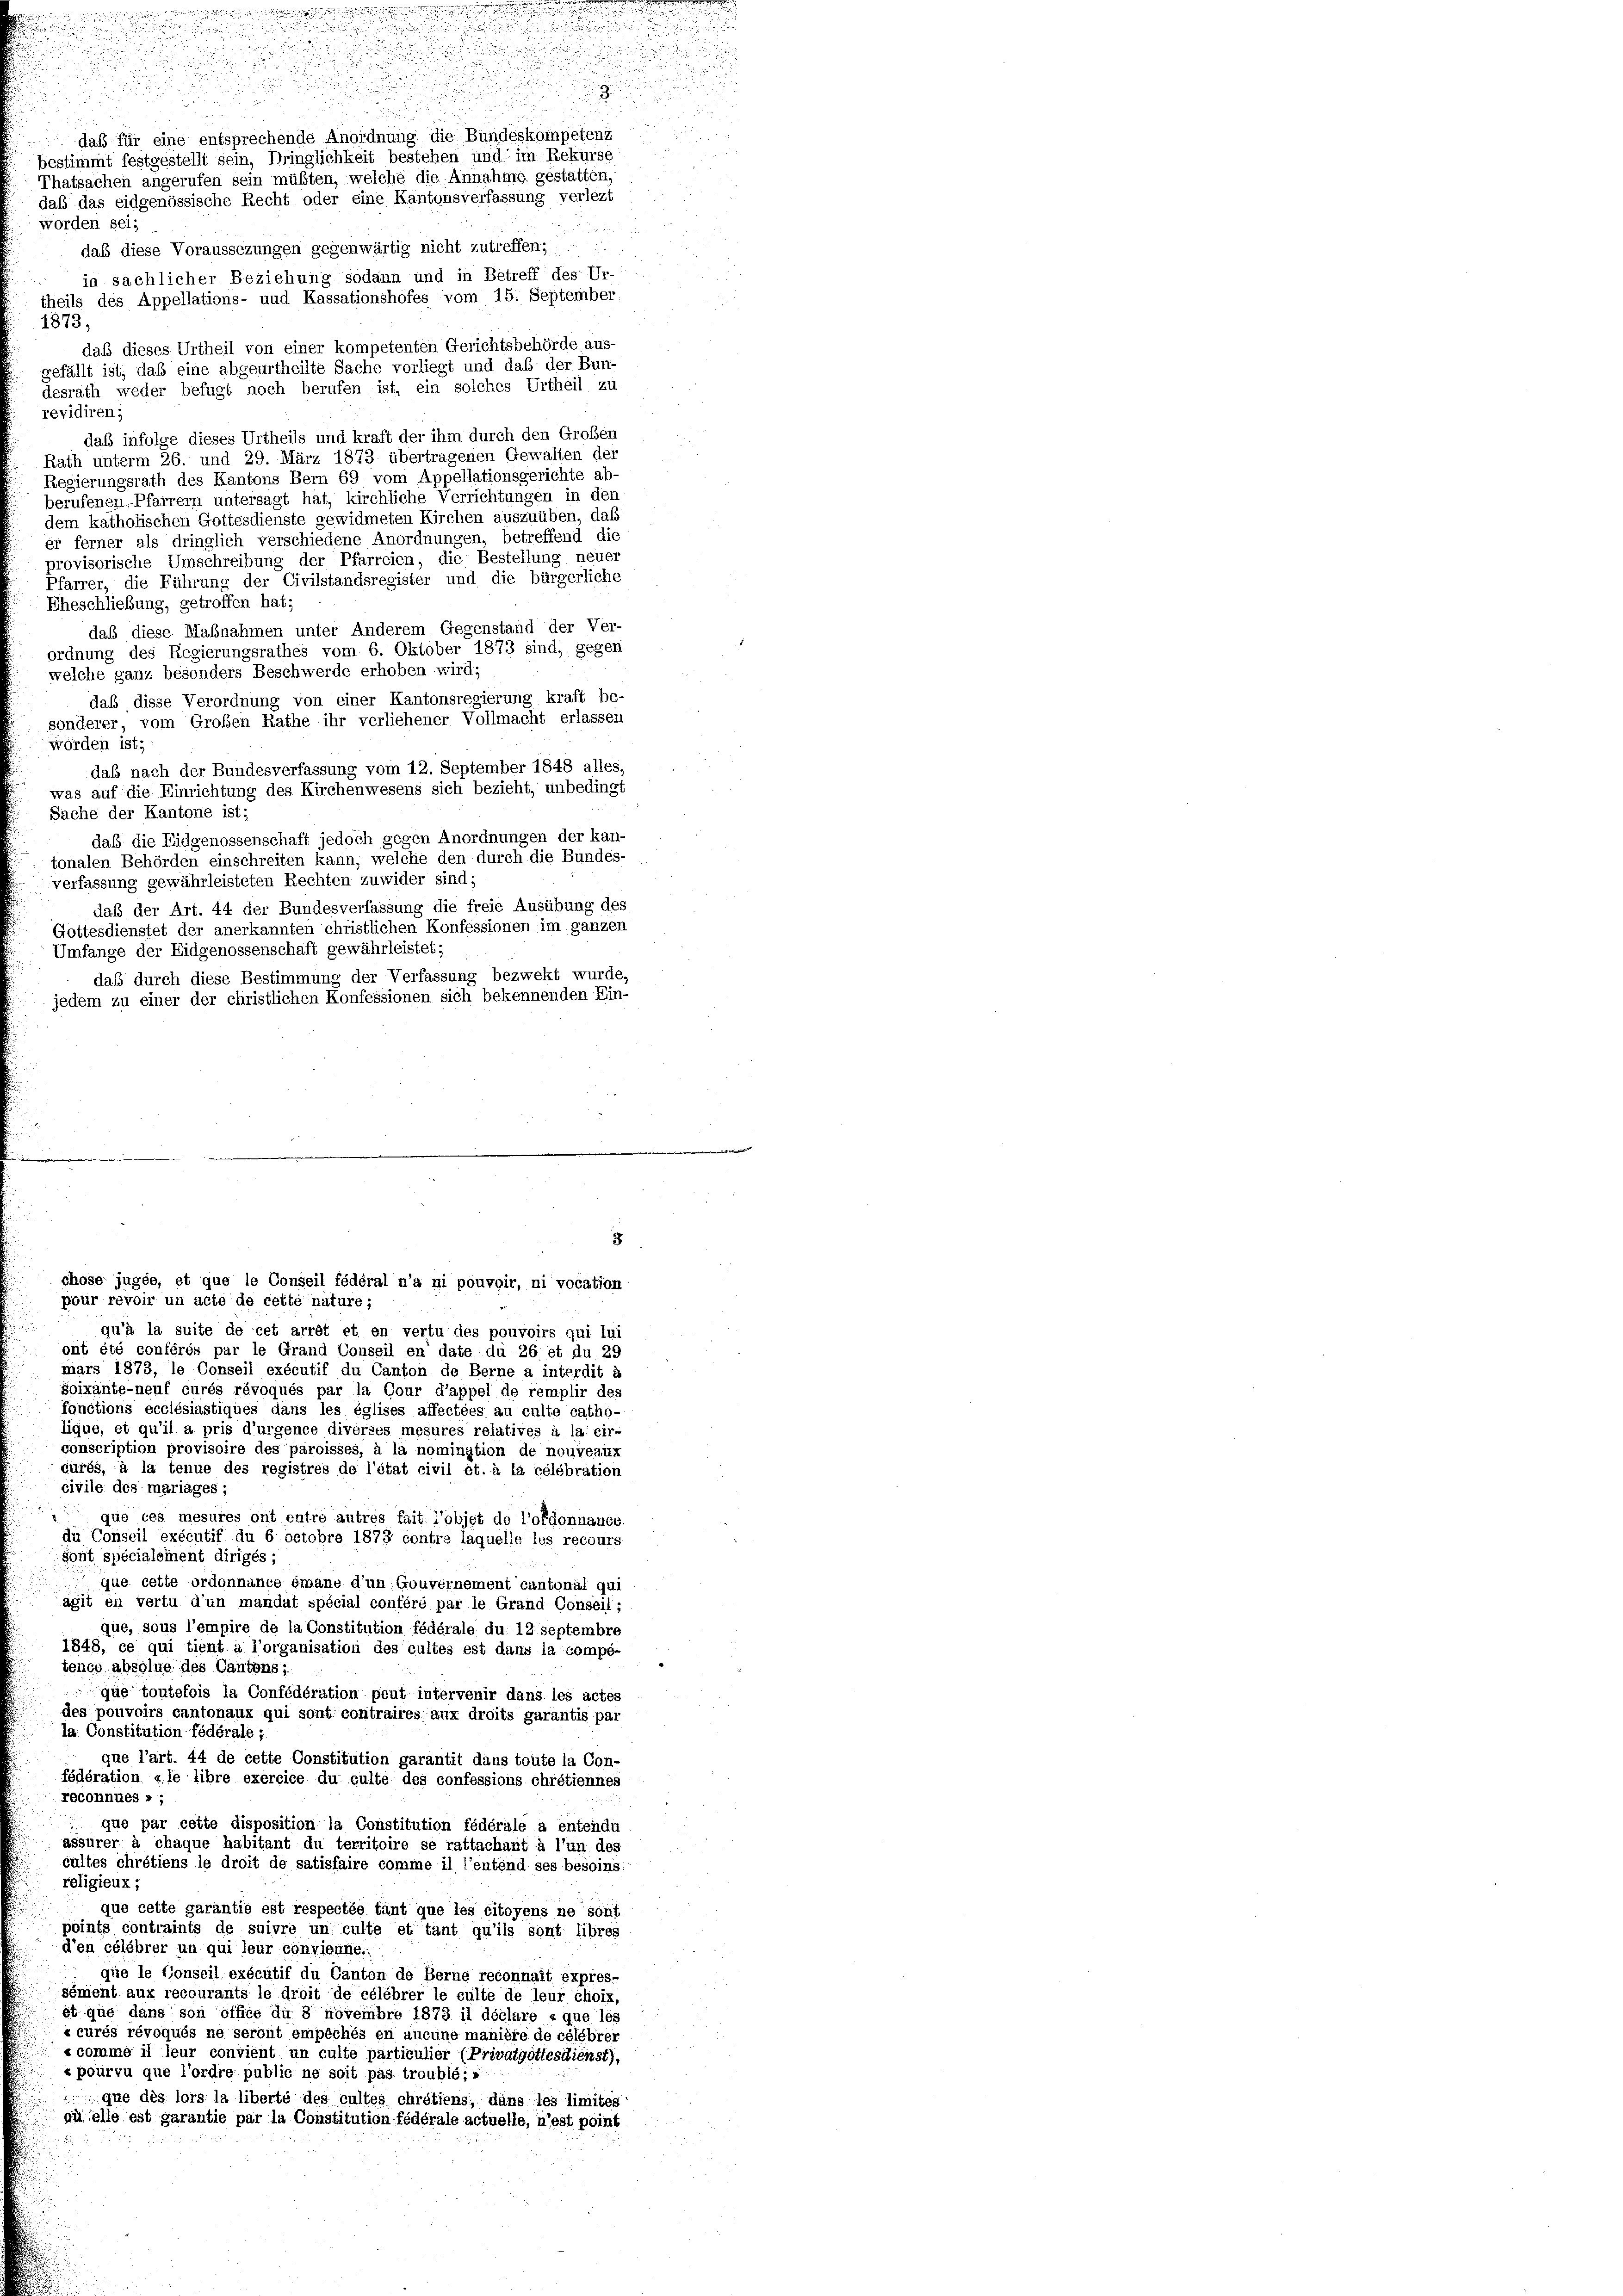
Thatsachen angerufen sein müßten, welche die Annahme gestatten,
daß das eidgenössische Recht oder eine Kantonsverfassung verlezt
worden sei;
daß diese Voraussezungen gegenwärtig nicht zutreffen; : ...
in sachlicher Beziehung sodann und in Betreff des Ur-
theils des Appellations- und Kassationshofes vom 15. September
1873,
daß dieses Urtheil von einer kompetenten Gerichtsbehörde aus-
gefällt ist, daß eine abgeurtheilte Sache vorliegt und daß der Bun-
desrath weder befugt noch berufen ist, ein solches Urtheil zu
revidiren;
daß infolge dieses Urtheils und kraft der ihm durch den Großen
Rath unterm 26. und 29. März 1873 übertragenen Gewalten der
Regierungsrath des Kantons Bern 69 vom Appellationsgerichte ab-
berufenen Pfarrern untersagt hat, kirchliche Verrichtungen in den
dem katholischen Gottesdienste gewidmeten Kirchen auszuüben, daß
er ferner als dringlich verschiedene Anordnungen, betreffend die
provisorische Umschreibung der Pfarreien, die Bestellung neuer
Pfarrer, die Führung der Civilstandsregister und die bürgerliche
Eheschließung, getroffen hat;
daß diese Maßnahmen unter Änderem Gegenstand der Ver-
ordnung des Regierungsrathes vom 6. Oktober 1873 sind, gegen
welche ganz besonders Beschwerde erhoben wird;
daß diese Verordnung von einer Kantonsregierung kraft be
sonderer, vom Großen Rathe ihr verliehener Vollmacht erlassen
wörden ist;
das nach der Bundesverfassung vom 12. September 1848 alles,
was auf die Einrichtung des Kirchenwesens sich bezieht, unbedingt
Sache der Kantone ist;
daß die Eidgenossenschaft jedoch gegen Anordnungen der kan-
tonalen Behörden einschreiten kann, welche den durch die Bundes-
verfassung gewährleisteten Rechten zuwider sind;
daß der Art. 44 der Bundesverfassung die freie Ausübung des
Gottesdienstet der anerkannten christlichen Konfessionen im ganzen
Umfange der Eidgenossenschaft gewährleistet;
daß durch diese Bestimmung der Verfassung bezwekt wurde,
jedem zu einer der christlichen Konfessionen sich bekennenden Ein-

.

daß für eine entsprechende Anordnung die Bundeskompetenz
bestimmt festgestellt sein, Dringlichkeit bestehen und im Rekurse

quelle est garantie par la Constitution fédérale actuelle, n’est point

chose jugée, et que le Conseil fédéral n’a ni pouvoir, ni vocation
pour révoir un acte de cette nature;
qu’à la suite de cet arrêt et en vertu des pouvoirs qui lui
ont été conférés par le Grand Conseil en date du 26 et du. 29
mars 1873, le Conseil exécutif du Canton de Berne a interdit à
Soixante-neuf curés révoqués par la Cour d’appel de remplir des
fonctions ecclésiastiques dans les églises affectées au culte catho-
lique, et qu’il a pris d’urgence diverses mesures relatives à la cir-
conscription provisoire des paroisses, à la nomination de nouveaux
curés, à la tenue des registres de l’état civil ét. à la célébration
civile des mariages;
 que ces mesures ont entre autres fait l’objet de l’ordonnance
du Conseil exécutif du 6 octobre 1873 contre laquelle les recours
Sont spécialement dirigés;
que cette ordonnance émane d’un Gouvernement cantonal qui
ägit en vertu d’un mandat spécial conféré par le Grand Conseil;
que, sous l’empire de la Constitution fédérale du 12 septembre
1848, ce qui tient à l’organisation des cultes est dans la compé-
tence absolue des Cantons;
u
que toutefois la Confédération peut intervenir dans les actes
des pouvoirs cantonaux qui sont contraires aux droits garantis par
la Constitution fédérale ;
que l’art. 44 de cette Constitution garantit dans toute la Con-
fédération «le libre exercice du culte des confessions chrétiennes
reconnues »;
que par cette disposition la Constitution fédérale a entendu
assürer à chaque habitant du territoire se rattachant à l’un des
cultes chrétiens le droit de satisfaire comme il l’entend ses besoins
religieux;
que cette garantie est respectée tant que les citoyens ne sont
points contraints de suivre un culte et tant qu’ils sont libres
d’en célébrer un qui leur convienne.
que le Conseil exécutif du Canton de Berne reconnait éxpres-
sément aux recourants le droit de célébrer le culte de leur choix,
st que dans son office du 3 novembre 1873 il déclare « que les
«curés révoqués ne seront empêchés en aucune manière de célébrer
 comme il leur convient un culte particulier (Privatgottesdienst),
e pourvu que l’ordre public ne soit pas troublé;«
que dès lors la liberté des cultes chrétiens, dans les limites

3